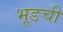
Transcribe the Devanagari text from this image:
भूडची